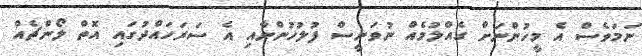
ނަމަވެސް އެ މީހުންނަށް ގެއްލުމެއް ނުވަނީސް ފުލުހުންނާއި އެ ސަރަހައްދުގައި އޮތް ލޯންޗެއް